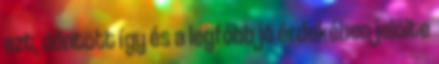
ezt, döntött így és a legfőbb jó érdekében jelölte